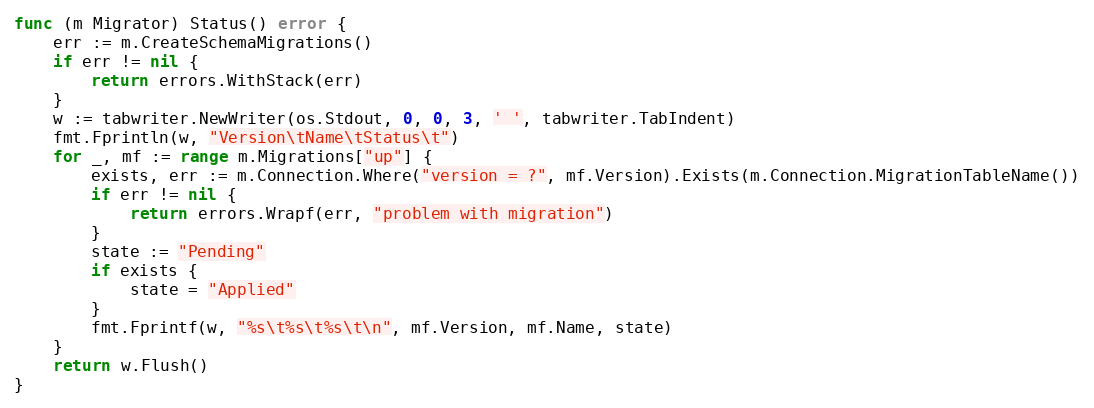
Language: Go
func (m Migrator) Status() error {
	err := m.CreateSchemaMigrations()
	if err != nil {
		return errors.WithStack(err)
	}
	w := tabwriter.NewWriter(os.Stdout, 0, 0, 3, ' ', tabwriter.TabIndent)
	fmt.Fprintln(w, "Version\tName\tStatus\t")
	for _, mf := range m.Migrations["up"] {
		exists, err := m.Connection.Where("version = ?", mf.Version).Exists(m.Connection.MigrationTableName())
		if err != nil {
			return errors.Wrapf(err, "problem with migration")
		}
		state := "Pending"
		if exists {
			state = "Applied"
		}
		fmt.Fprintf(w, "%s\t%s\t%s\t\n", mf.Version, mf.Name, state)
	}
	return w.Flush()
}